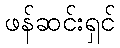
ဖန်ဆင်းရှင်